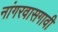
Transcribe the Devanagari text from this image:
नांगरवासगावी